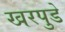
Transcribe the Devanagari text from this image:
खरपुडे